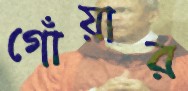
গোঁয়ার